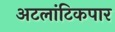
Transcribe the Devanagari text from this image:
अटलांटिकपार